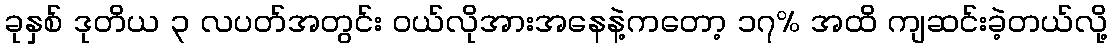
ခုနှစ် ဒုတိယ ၃ လပတ်အတွင်း ဝယ်လိုအားအနေနဲ့ကတော့ ၁၇% အထိ ကျဆင်းခဲ့တယ်လို့